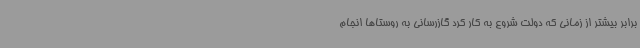
برابر بیشتر از زمانی که دولت شروع به کار کرد گازرسانی به روستاها انجام